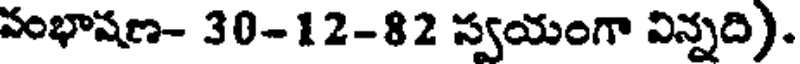
వంభాషణ- 30-12-82 స్వయంగా విన్నది).